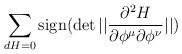
LaTeX: \begin{align*}\sum\limits_{d H = 0 } {\rm sign}( \det || {\partial^2 H \over\partial \phi^\mu \partial \phi^\nu } || )\end{align*}